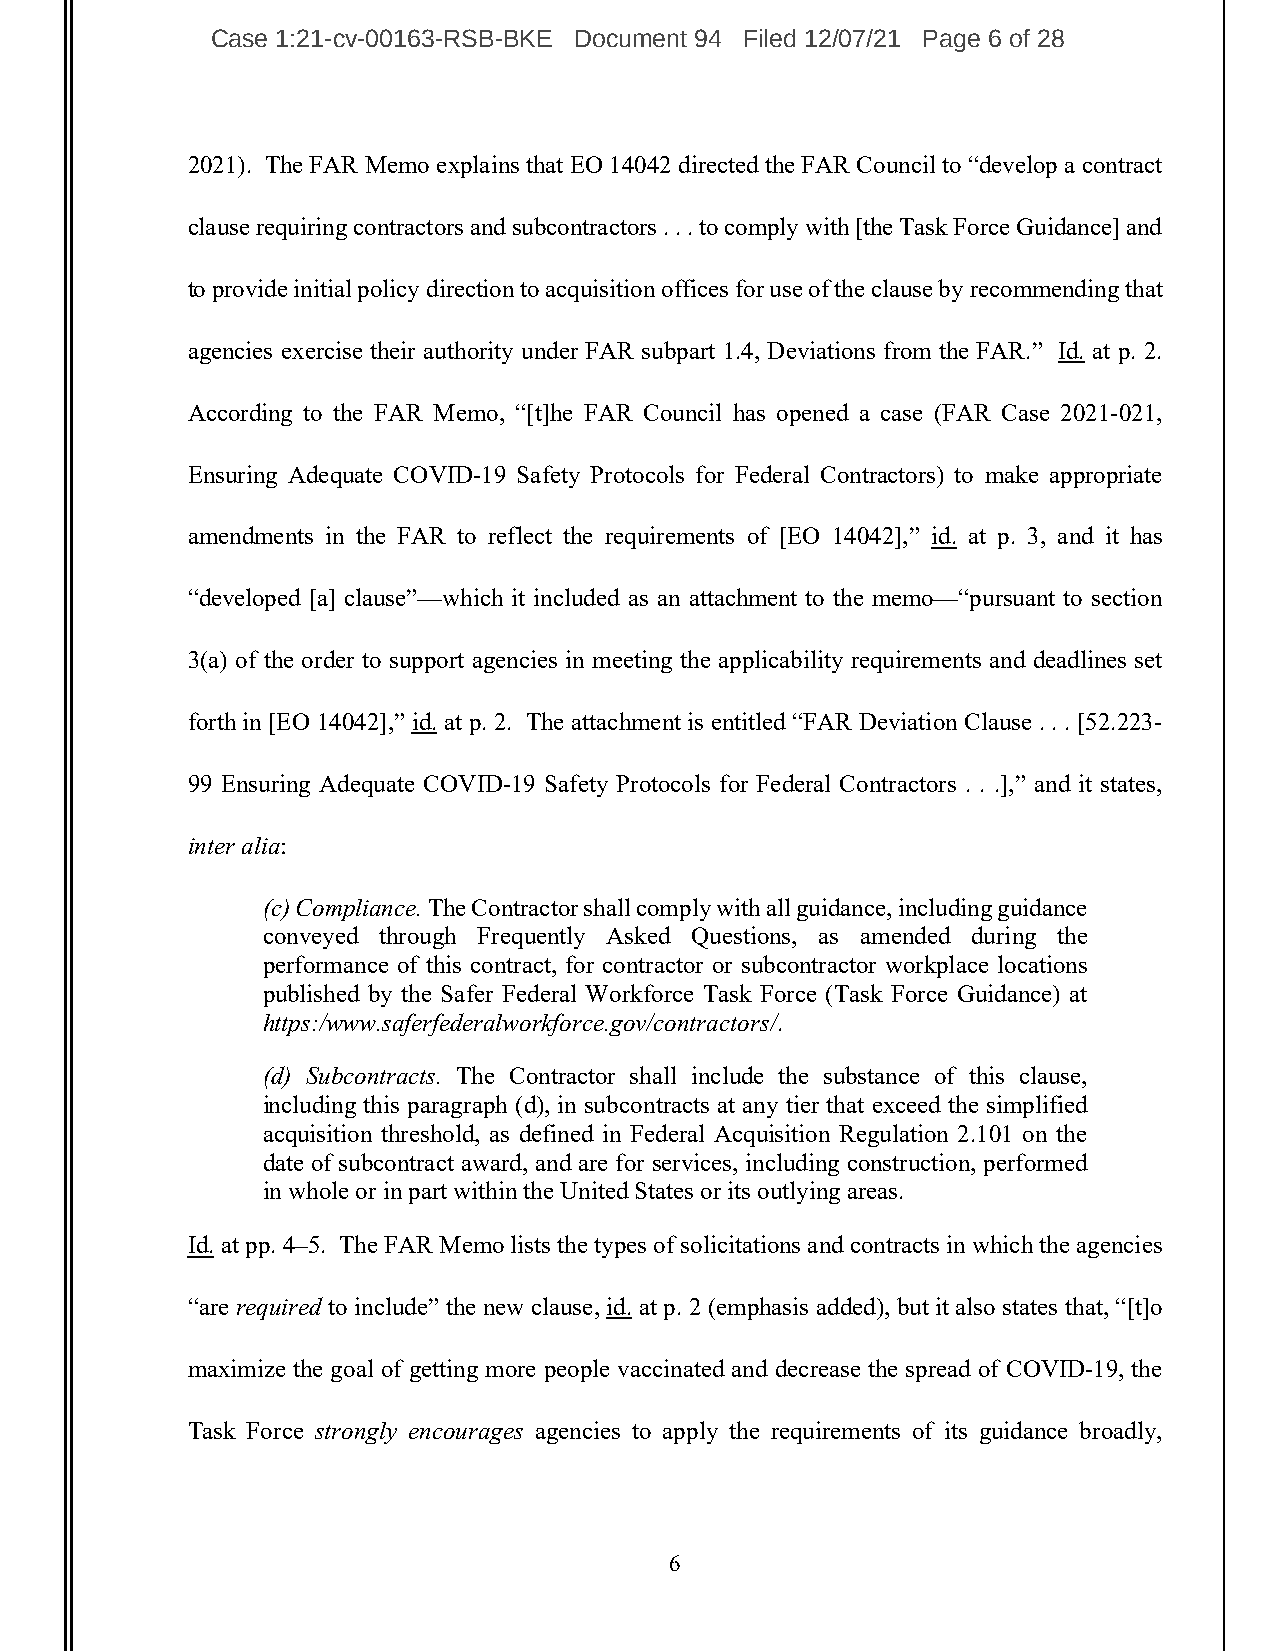
Case 1:21-cv-00163-RSB-BKE Document 94 Filed 12/07/21 Page 6 of 28
 2021). The FAR Memo explains that EO 14042 directed the FAR Council to “develop a contract
 clause requiring contractors and subcontractors . . . to comply with [the Task Force Guidance] and
 to provide initial policy direction to acquisition offices for use of the clause by recommending that
 agencies exercise their authority under FAR subpart 1.4, Deviations from the FAR.” Id. at p. 2.
 According to the FAR Memo, “[t]he FAR Council has opened a case (FAR Case 2021-021,
 Ensuring Adequate COVID-19 Safety Protocols for Federal Contractors) to make appropriate
 amendments in the FAR to reflect the requirements of [EO 14042],” id. at p. 3, and it has
 “developed [a] clause”—which it included as an attachment to the memo—“pursuant to section
 3(a) of the order to support agencies in meeting the applicability requirements and deadlines set
 forth in [EO 14042],” id. at p. 2. The attachment is entitled “FAR Deviation Clause . . . [52.223-
 99 Ensuring Adequate COVID-19 Safety Protocols for Federal Contractors . . .],” and it states,
 inter alia:
 (c) Compliance. The Contractor shall comply with all guidance, including guidance
 conveyed through Frequently Asked Questions, as amended during the
 performance of this contract, for contractor or subcontractor workplace locations
 published by the Safer Federal Workforce Task Force (Task Force Guidance) at
 https:/www.saferfederalworkforce.gov/contractors/.
 (d) Subcontracts. The Contractor shall include the substance of this clause,
 including this paragraph (d), in subcontracts at any tier that exceed the simplified
 acquisition threshold, as defined in Federal Acquisition Regulation 2.101 on the
 date of subcontract award, and are for services, including construction, performed
 in whole or in part within the United States or its outlying areas.
 Id. at pp. 4–5. The FAR Memo lists the types of solicitations and contracts in which the agencies
 “are required to include” the new clause, id. at p. 2 (emphasis added), but it also states that, “[t]o
 maximize the goal of getting more people vaccinated and decrease the spread of COVID-19, the
 Task Force strongly encourages agencies to apply the requirements of its guidance broadly,
 6